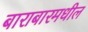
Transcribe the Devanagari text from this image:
बाराबारमधील